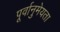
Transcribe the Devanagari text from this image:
पूर्वानुमेयता